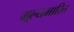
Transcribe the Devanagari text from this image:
मूल्यभारित